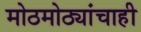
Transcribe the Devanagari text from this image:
मोठमोठ्यांचाही